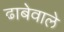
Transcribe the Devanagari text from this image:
ढाबेवाले